Vaccination in Burma 1912-1922 - 1912-1922
Year: 1912
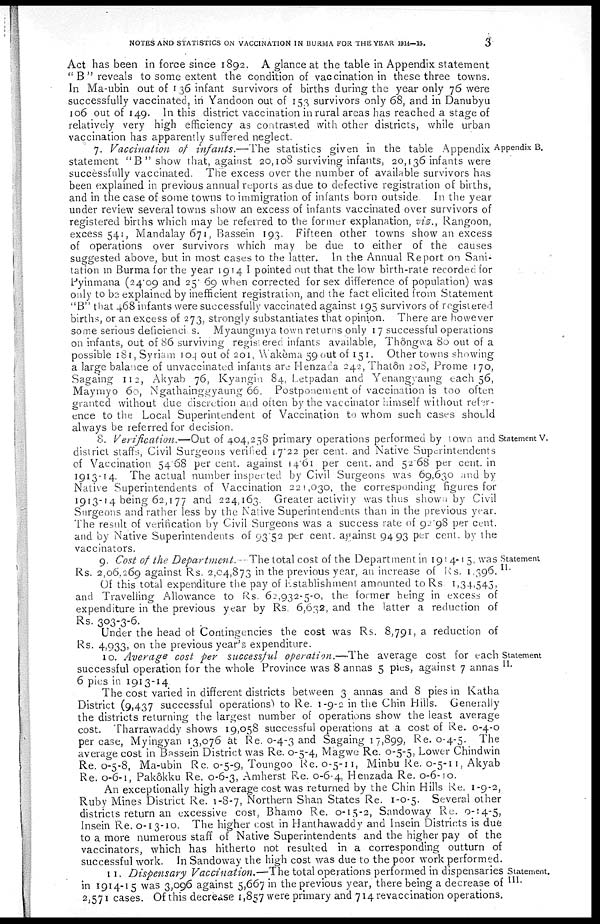
NOTES AND STATISTICS ON VACCINATION IN BURMA FOR THE YEAR 1914—15.
3
Act has been in force since 1892. A glance at the table in Appendix statement
" B " reveals to some extent the condition of vaccination in these three towns.
In Ma-ubin out of 136 infant survivors of births during the year only 76 were
successfully vaccinated, in Yandoon out of 153 survivors only 68, and in Danubyu
106 out of 149. In this district vaccination in rural areas has reached a stage of
relatively very high efficiency as contrasted with other districts, while urban
vaccination has apparently suffered neglect.
Appendix B.
7. Vaccination of infants.—The
statistics given in the table Appendix
statement "B" show that, against 20,108 surviving infants, 20,136 infants were
successfully vaccinated. The excess over the number of available survivors has
been explained in previous annual reports as due to defective registration of births,
and in the case of some towns to immigration of infants born outside
In the year
under review several towns show an excess of infants vaccinated over survivors of
registered births which may be referred to the former explanation, viz., Rangoon,
excess 541, Mandalay 671, Bassein 193. Fifteen other towns show an excess
of operations over survivors which may be due to either of the causes
suggested above, but in most cases to the latter. In the Annual Report on Sani-
tation in Burma for the year 1914 I pointed out that the low birth-rate recorded for
Pyinmana (24.09 and 25.69 when corrected for sex difference of population) was
only to be, explained by inefficient registration, and the fact elicited from Statement
"B" that 468 infants were successfully vaccinated against 195 survivors of registered
births, or an excess of 273, strongly substantiates that opinion. There are however
some serious deficiencies. Myaungmya town returns only 17 successful operations
on infants, out of 86 surviving registered infants available, Thôngwa 80 out of a
possible 181, Syriam 104 out of 201, Wakèma 59 out of 151. Other towns showing
a large balance of unvaccinated infants are Henzada 242,Thatôn 208, Prome 170,
Sagaing 112, Akyab 76, Kyangin 84, Letpadan and Yenangyaung each 56,
Maymyo 60, Ngathainggyaung 66. Postponement of vaccination is too often
granted without due discretion and often by the vaccinator himself without refer-
ence to the Local Superintendent of Vaccination to whom such cases should
always be referred for decision.
Statement V.
8. Verification.—Out
of 404,258 primary operations performed by town and
district staffs, Civil Surgeons verified 17.22 per cent. and Native Superintendents
of Vaccination 54.68 per cent. against 14.61 per cent. and 52.68 per cent. in
1913-14. The actual number inspected by Civil Surgeons was 69,630 and by
Native Superintendents of Vaccination 221,030, the corresponding figures for
1913-14 being 62,177 and 224,163. Greater activity was thus shown by Civil
Surgeons and rather less by the Native Superintendents than in the previous year.
The result of verification by Civil Surgeons was a success rate of 92.98 per cent.
and by Native Superintendents of 93.52 per cent. against 94.93 per cent. by the
vaccinators.
Statement
II.
9. Cost of the Department. -- The total cost of the Department in 1914-15, was
Rs. 2,06,269 against Rs. 2,04,873 in the previous year, an increase of Rs. 1,396.
Of this total expenditure the pay of Establishment amounted to Rs 1,34,545,
and Travelling Allowance to Rs. 62,932-5-0, the former being in excess of
expenditure in the previous year by Rs. 6,632, and the latter a reduction of
Rs. 303-3-6.
Under the head of Contingencies the cost was Rs. 8,791, a reduction of
Rs. 4,933, on the previous year's expenditure.
Statement
II.
10. Average cost per successful operation.—The
average cost for each
successful operation for the whole Province was 8 annas 5 pies, against 7 annas
6 pies in 1913-14
The cost varied in different districts between 3 annas and 8 pies in Katha
District (9,437 successful operations) to Re. 1-9-2 in the Chin Hills. Generally
the districts returning the largest number of operations show the least average
cost. Tharrawaddy shows 19,058 successful operations at a cost of Re. 0-4-0
per case, Myingyan 13,076 at Re. 0-4-3 and Sagaing 17,899, Re. 0-4-5. The
average cost in Bassein District was Re. 0-5-4, Magwe Re. 0-5-5, Lower Chindwin
Re. 0-5-8, Ma-ubin Re. 0-5-9, Toungoo Re. 0-5-11, Minbu Re. 0-5-11, Akyab
Re. 0-6-1, Pakôkku Re. 0-6-3, Amherst Re. 0-6-4, Henzada Re. 0-6-10.
An exceptionally high average cost was returned by the Chin Hills Re. 1-9-2,
Ruby Mines District Re. 1-8-7, Northern Shan States Re. 1-0-5. Several other
districts return an excessive cost, Bhamo Re. 0-15-2, Sandoway Re. 0-14-5,
Insein Re. 0-13-10. The higher cost in Hanthawaddy and Insein Districts is due
to a more numerous staff of Native Superintendents and the higher pay of the
vaccinators, which has hitherto not resulted in a corresponding outturn of
successful work. In Sandoway the high cost was due to the poor work performed.
Statement.
III.
11. Dispensary Vaccination.—The total operations performed in dispensaries
in 1914-15 was 3,096 against 5,667 in the previous year, there being a decrease of
2,571 cases. Of this decrease 1,857 were primary and 714 revaccination operations.